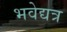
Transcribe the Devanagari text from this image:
भवेद्यत्र